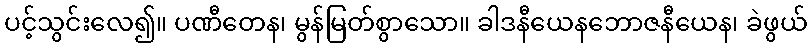
ပင့်သွင်းလေ၍။ ပဏီတေန၊ မွန်မြတ်စွာသော။ ခါဒနီယေနဘောဇနီယေန၊ ခဲဖွယ်